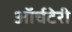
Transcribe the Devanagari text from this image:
ऑर्चटेरी